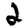
Digit: 2